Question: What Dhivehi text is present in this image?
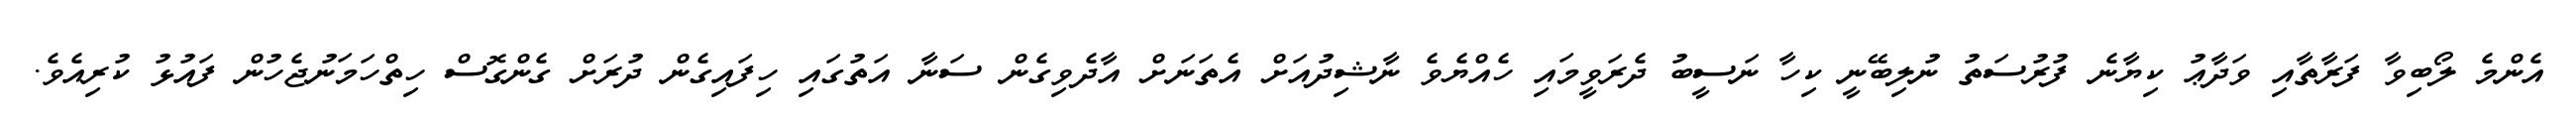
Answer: އެންމެ ލޯބިވާ ފަރާތާއި ވަދާޢު ކިޔާނެ ފުރުސަތު ނުލިބޭނީ ކިހާ ނަސީބު ދެރަވީމައި ހެއްޔެވެ ނާޝިދުއަށް އެތަނަށް އާދެވިގެން ސަނާ އަތުގައި ހިފައިގެން ދުރަށް ގެންގޮސް ހިތްހަމަނުޖެހުން ފައުޅު ކުރިއެވެ.